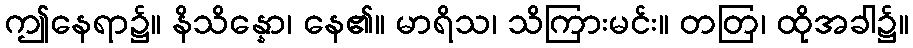
ဤနေရာ၌။ နိသိန္နော၊ နေ၏။ မာရိသ၊ သိကြားမင်း။ တတြ၊ ထိုအခါ၌။